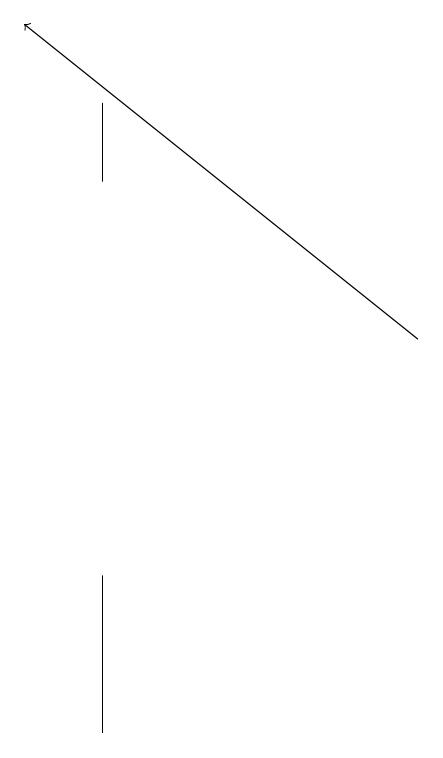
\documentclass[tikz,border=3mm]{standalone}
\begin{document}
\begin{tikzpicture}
\draw[->] (7,15) -- (2,19);
\draw (3,12) rectangle (3,10);
\draw (3,18) rectangle (3,17);
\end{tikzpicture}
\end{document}